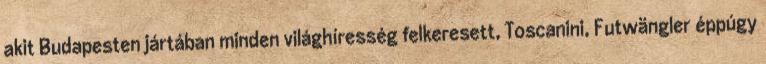
akit Budapesten jártában minden világhíresség felkeresett, Toscanini, Futwängler éppúgy